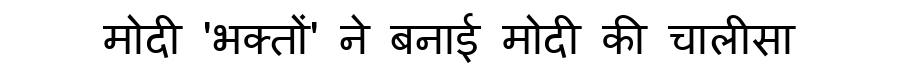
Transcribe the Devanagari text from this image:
मोदी 'भक्तों' ने बनाई मोदी की चालीसा